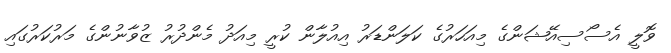
ވޮލީ އެސޯސިއޭޝަންގެ މިއަހަރުގެ ކަލަންޑަރު އިއުލާން ކުރީ މިއަދު މެންދުރު ޒުވާނުންގެ މަރުކަރުގައި